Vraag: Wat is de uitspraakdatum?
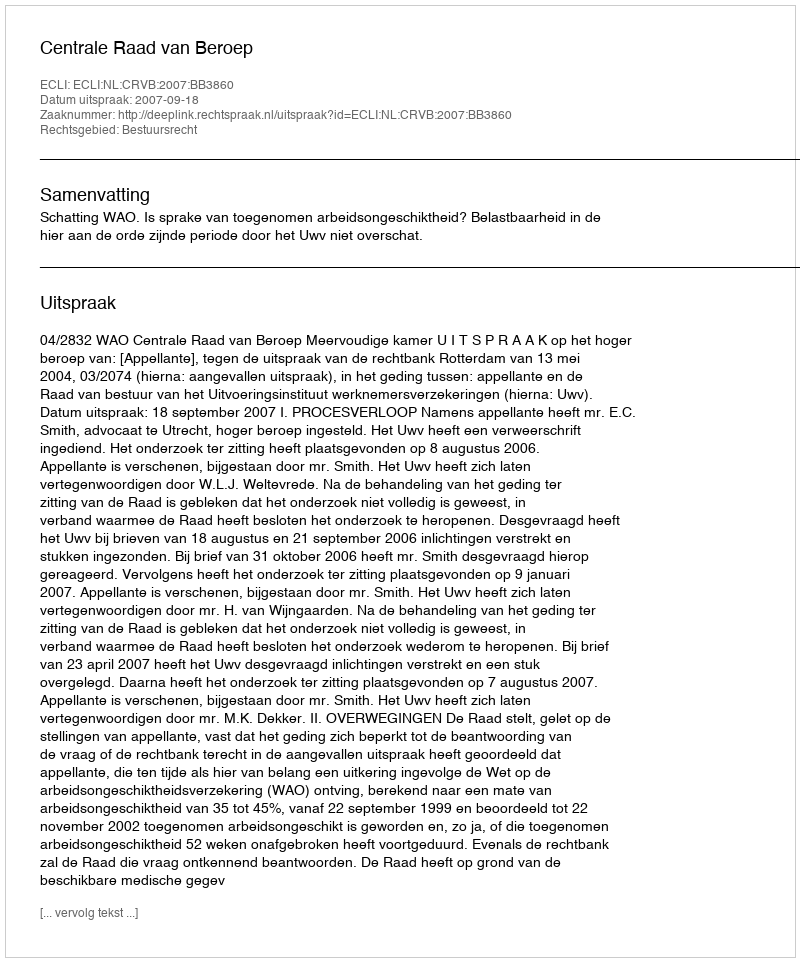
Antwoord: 2007-09-18